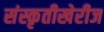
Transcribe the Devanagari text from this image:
संस्कृतीखेरीज